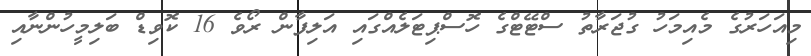
މިއަހަރުގެ މެއިމަހު ގުޖަރާތު ސްޓޭޓްގެ ހޮސްޕިޓަލެއްގައި އަލިފާން ރޯވެ 16 ކޮވިޑް ބަލިމީހުންނާއި